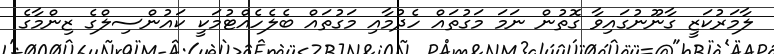
ލާމަރުކަޒީ ގާނޫނުގައިވާ ގޮތުން ނަމަ މަގުތައް ހެދުމާއި މަގުތައް ބެލެހެއްޓުމަކީ ކައުންސިލްގެ ޒިންމާގެ